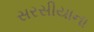
સરસીયાના